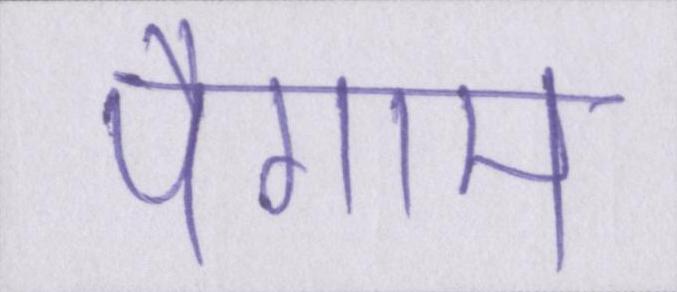
पैगाम